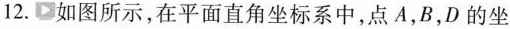
12.如图所示，在平面直角坐标系中，点A，B，D的坐